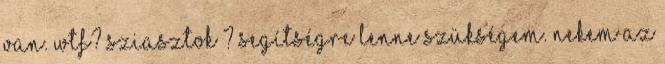
van. WTF? sziasztok ? Segítségre lenne szükségem. Nekem az